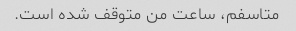
متاسفم، ساعت من متوقف شده است.